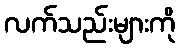
လက်သည်းများကို